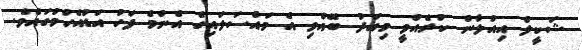
ޝަކީލް އިއުލާން ކުރެއްވީ މިއަދު ބޭއްވި އެ މައްސަލައިގެ އެންމެ ފަހު އަޑުއެހުމުގައެވެ.